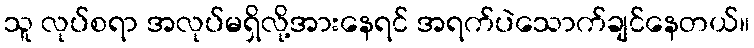
သူ လုပ်စရာ အလုပ်မရှိလို့အားနေရင် အရက်ပဲသောက်ချင်နေတယ်။